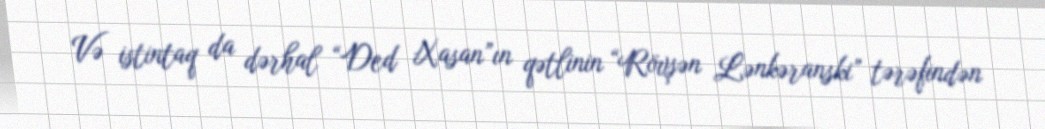
Və istintaq da dərhal “Ded Xasan”ın qətlinin “Rövşən Lənkəranski” tərəfindən